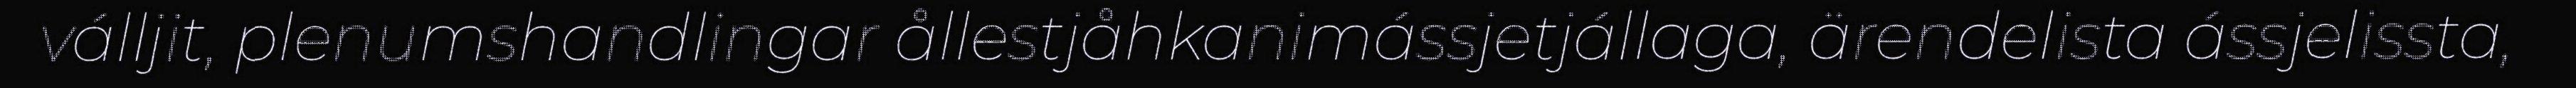
válljit, plenumshandlingar ållestjåhkanimássjetjállaga, ärendelista ássjelissta,